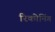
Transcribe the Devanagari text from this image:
रिकोनिंग